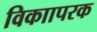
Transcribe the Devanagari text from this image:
विकाापरक